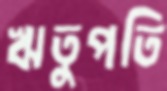
ঋতুপতি